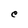
Character: e